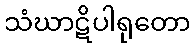
သံဃာဋိပါရုတော